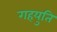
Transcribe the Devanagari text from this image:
गहयुति